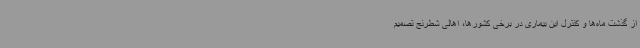
از گذشت ماه‌ها و کنترل این بیماری در برخی کشورها، اهالی شطرنج تصمیم